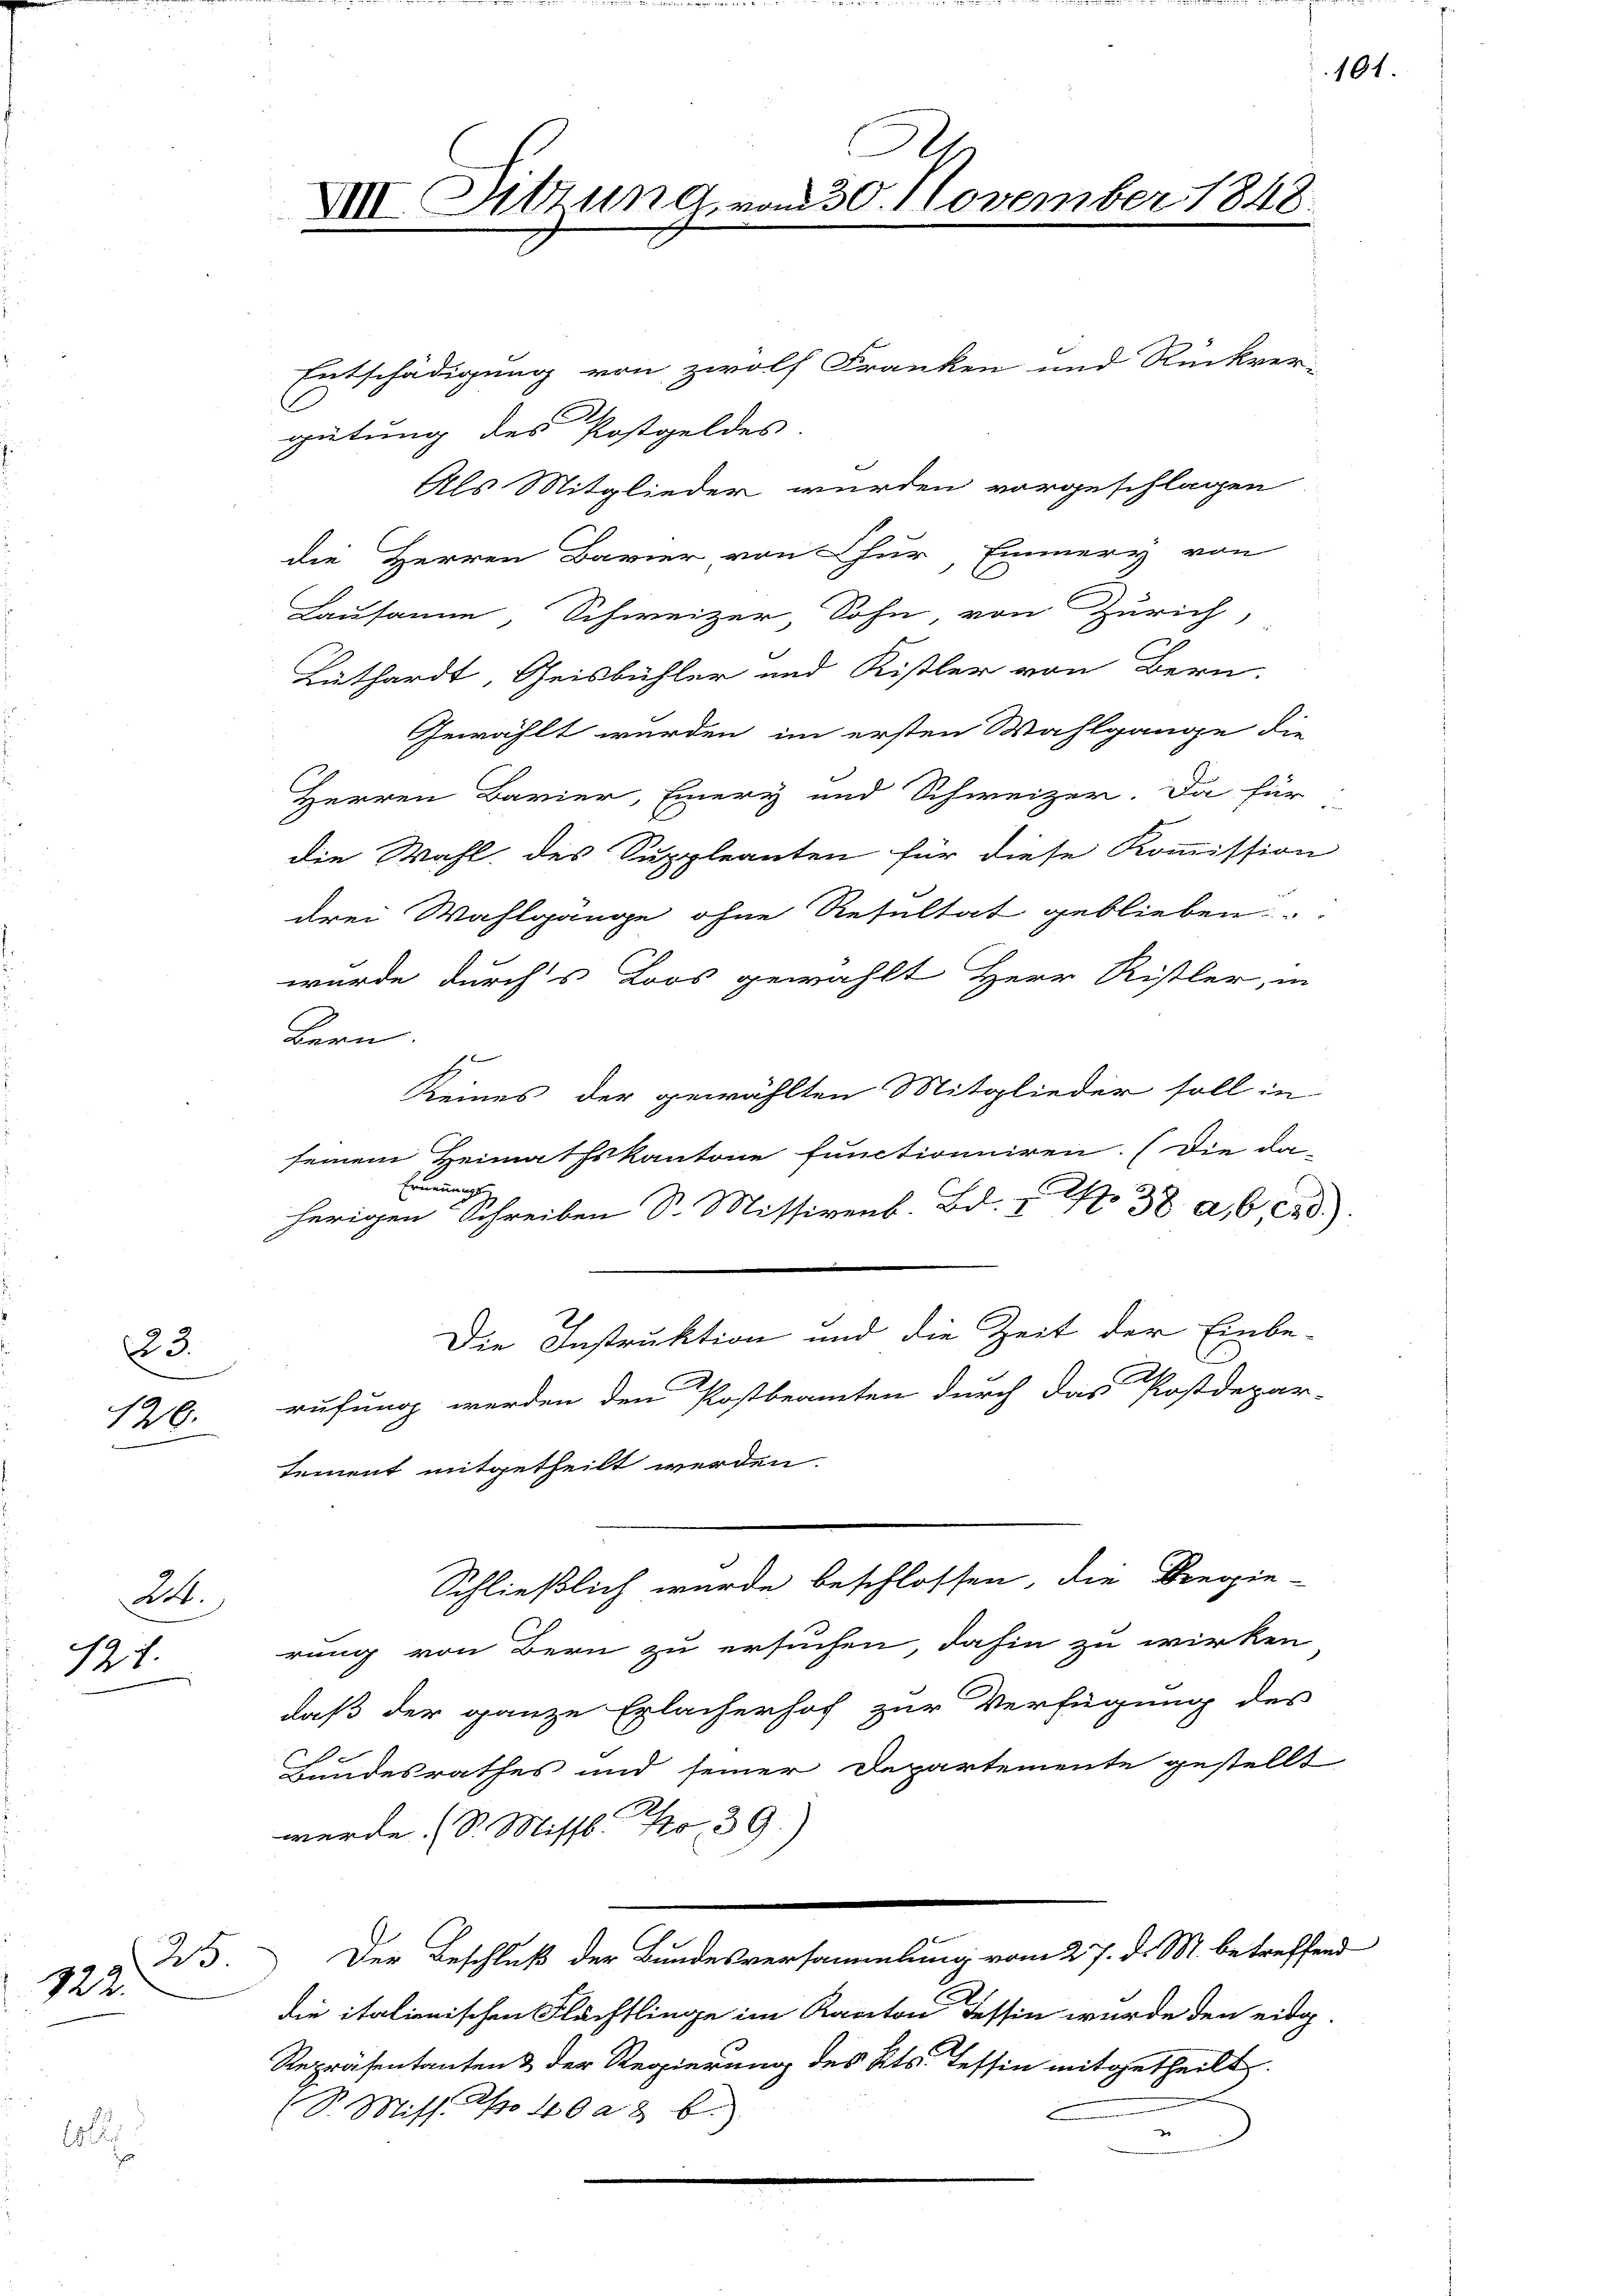
120.

23.

24.
17.

25
122.

8

A
XIII. Sitzung vom 30. November 1848

Entschädigung von zwölf Franken und Rückver-
C
gütung des Postgeldes.
Als Mitglieder wurden vorgeschlagen
die Herren Bavier von Chur, Emmery von
Lausanne, Schweizer Sohn von Zürich,
Lüthardt, Geisbühler und Kistler von Bern.
Gewählt wurden, im ersten Wahlgange die
Herren Bavier, Eiery und Schweizer. Da für
die Wahl des Suppleanten für diese Kommission
drei Wahlgänge ohne Resultat geblieben.
wurde durchs Loos gewählt Herr Ristler, in
Bern.
1
Reines der gewählten Mitglieder soll in
seinem Heimathskantone functioniren. (Die da
Ernennungs
herigen Schreiben Sr. Missivenb. Bd. I No 38 a, 6, 28)
Die Instruktion und die Zeit der Einbe-
1
rufung werden den Postbeamten durch das Postdepar-
tement mitgetheilt werden.
Schließlich wurde beschlossen, die Regie-
rung von Bern zu ersuchen, dahin zu wirken
daß der ganze Erlacherhof zur Verfügung des
Bundesrathes und seiner Departemente gestellt
werde. (S. Missl No 39.)
n
Der Beschluß der Bundesversammlung vom 27. d. M. betreffend
die italienischen Flächtlinge im Kanton Tessin wurde den eidg.
Repräsentanten & der Regierung des Kts. Tessin mitgetheilt.
(S. Miss. No 40 a8 b.)

101.